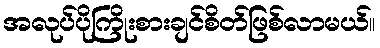
အလုပ်ပိုကြိုးစားချင်စိတ်ဖြစ်လာမယ်။